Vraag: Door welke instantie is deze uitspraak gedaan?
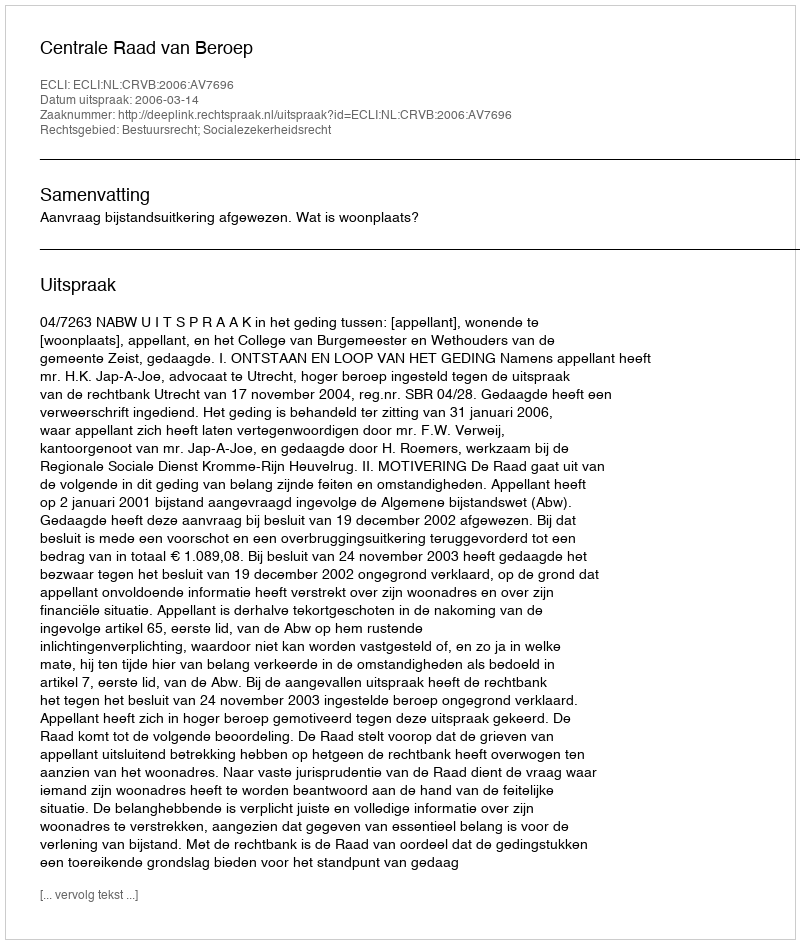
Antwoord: Centrale Raad van Beroep